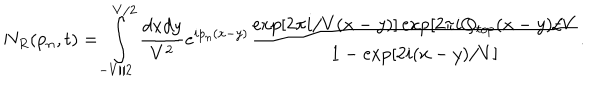
LaTeX: N _ { R } ( p _ { n } , t ) = \int _ { - V / 2 } ^ { V / 2 } \frac { d x d y } { V ^ { 2 } } e ^ { i p _ { n } ( x - y ) } \frac { \exp [ 2 \pi i / V ( x - y ) ] \exp [ 2 \pi i Q _ { t o p } ( x - y ) / V } { 1 - \exp [ 2 i ( x - y ) / V ] } .